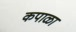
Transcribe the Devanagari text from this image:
कपाळा